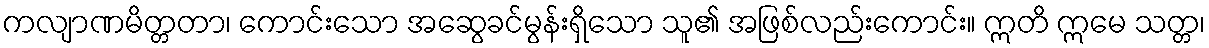
ကလျာဏမိတ္တတာ၊ ကောင်းသော အဆွေခင်မွန်းရှိသော သူ၏ အဖြစ်လည်းကောင်း။ ဣတိ ဣမေ သတ္တ၊